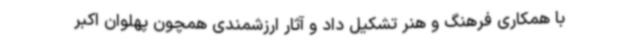
با همکاری فرهنگ و هنر تشکیل داد و آثار ارزشمندی همچون پهلوان اکبر